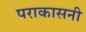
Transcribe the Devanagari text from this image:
पराकासनी